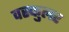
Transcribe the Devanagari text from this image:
वस्कुलर